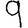
Digit: 9